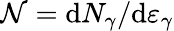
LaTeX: \mathcal{N}=\mathrm{d}N_{\gamma}/\mathrm{d}\varepsilon_{\gamma}